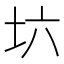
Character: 𡉽